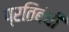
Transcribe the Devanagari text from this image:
प्रतिबंधी